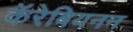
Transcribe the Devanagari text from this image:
कॅरेबियनन